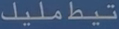
تيطمليك